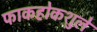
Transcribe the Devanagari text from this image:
फाकहोकशुले